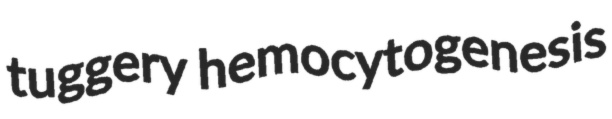
tuggery hemocytogenesis